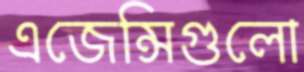
এজেন্সিগুলো